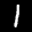
Label: 1